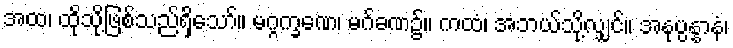
အထ၊ ထိုသို့ဖြစ်သည်ရှိသော်။ မဂ္ဂက္ခဏေ၊ မဂ်ခဏ၌။ ကထံ၊ အဘယ်သို့လျှင်။ အနုပ္ပန္နာနံ၊